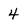
Character: 4